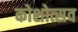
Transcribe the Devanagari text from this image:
कोशोत्सव